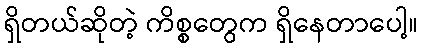
ရှိတယ်ဆိုတဲ့ ကိစ္စတွေက ရှိနေတာပေါ့။